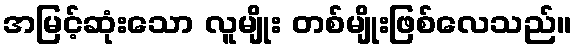
အမြင့်ဆုံးသော လူမျိုး တစ်မျိုးဖြစ်လေသည်။